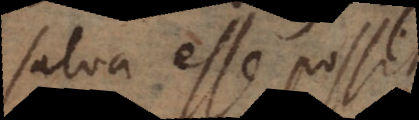
salva esse possit.